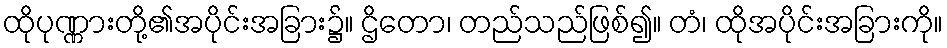
ထိုပုဏ္ဏားတို့၏အပိုင်းအခြား၌။ ဌိတော၊ တည်သည်ဖြစ်၍။ တံ၊ ထိုအပိုင်းအခြားကို။